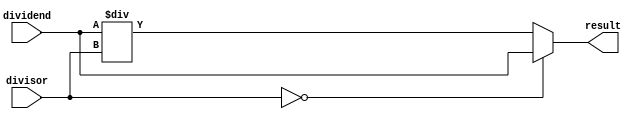
/******************************************************************
* description
*	this is a  an adder that can be parameterized in its bit-width.
*	1.0
* author:
*	dr. jos luis pizano escalante
* email:
*	luispizano@iteso.mx
* date:
*	01/03/2014
******************************************************************/

module divider16bits
(
	input [15:0] dividend,
	input [15:0] divisor,
	
	output [15:0] result
);

reg [15:0] actual_result;

always@(dividend or divisor) begin
	if (divisor == 0)
		actual_result = dividend; // por conveniencia decido dejar sin cambiar el dividend, util para offset de 0($reg)
	else 
		actual_result = dividend / divisor;
end

assign result[15] = actual_result[15];
assign result[14] = actual_result[14];
assign result[13] = actual_result[13];
assign result[12] = actual_result[12];
assign result[11] = actual_result[11];
assign result[10] = actual_result[10];
assign result[09] = actual_result[09];
assign result[08] = actual_result[08];
assign result[07] = actual_result[07];
assign result[06] = actual_result[06];
assign result[05] = actual_result[05];
assign result[04] = actual_result[04];
assign result[03] = actual_result[03];
assign result[02] = actual_result[02];
assign result[01] = actual_result[01];
assign result[00] = actual_result[00];

endmodule
//adder32